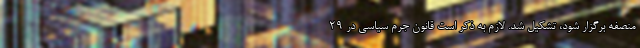
منصفه برگزار شود، تشکیل شد. لازم به ذکر است قانون جرم سیاسی در ۲۹